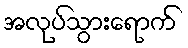
အလုပ်သွားရောက်